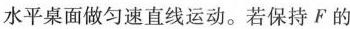
水平桌面做匀速直线运动。若保持F的